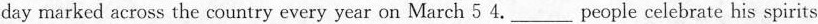
day marked across the country every year on March 5 4.___people celebrate his spirits